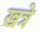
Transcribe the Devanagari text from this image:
खत्रे